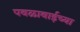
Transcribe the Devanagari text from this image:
पवळाबाईच्या